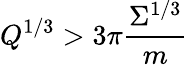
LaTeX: Q^{1/3}>3\pi\frac{\Sigma^{1/3}}m